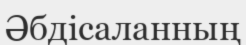
Әбдісаланның